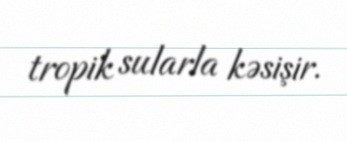
tropik sularla kəsişir.